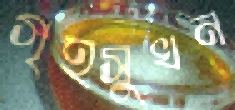
গৃহসুখন